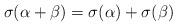
LaTeX: \begin{align*}\sigma(\alpha+\beta)=\sigma(\alpha)+\sigma(\beta)\end{align*}